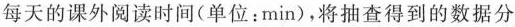
每天的课外阅读时间(单位：min)，将抽查得到的数据分